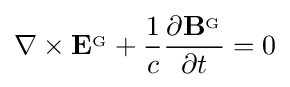
\nabla \times \mathbf {E} ^{_{\mathrm {G} }}+{\frac {1}{c}}{\frac {\partial \mathbf {B} ^{_{\mathrm {G} }}}{\partial t}}=0